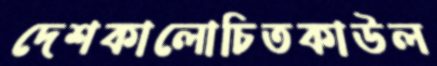
দেশকালোচিতকাউল